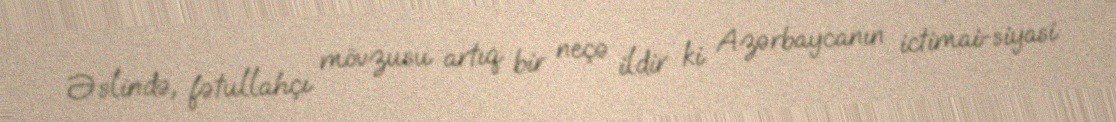
Əslində, fətullahçı mövzusu artıq bir neçə ildir ki Azərbaycanın ictimai-siyasi